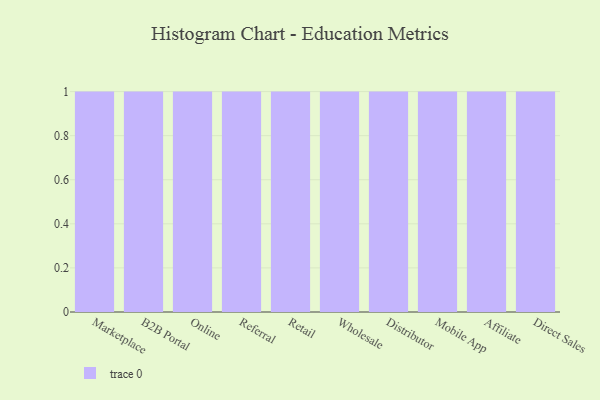
{"axis": {"x": "Channel", "y": "Active Users"}, "legend": [""], "data": [{"x": "Marketplace", "y": 12, "type": ""}, {"x": "B2B Portal", "y": 63, "type": ""}, {"x": "Online", "y": 18, "type": ""}, {"x": "Referral", "y": 17, "type": ""}, {"x": "Retail", "y": 24, "type": ""}, {"x": "Wholesale", "y": 23, "type": ""}, {"x": "Distributor", "y": 14, "type": ""}, {"x": "Mobile App", "y": 47, "type": ""}, {"x": "Affiliate", "y": 52, "type": ""}, {"x": "Direct Sales", "y": 89, "type": ""}]}